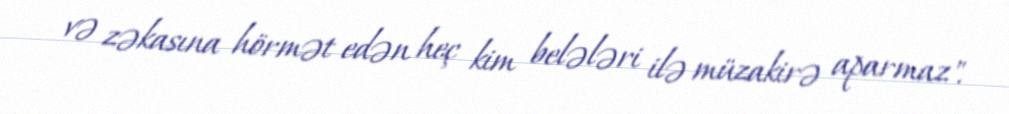
və zəkasına hörmət edən heç kim belələri ilə müzakirə aparmaz".